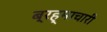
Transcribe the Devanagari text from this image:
ब्रह्माचारी